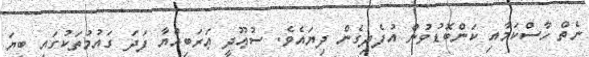
ނެތް ހާސްކަމާއި ކަންބޮޑުވުން އުފެދިގެން ދިޔައެވެ. ސުޢޫދީ ޢަރަބިއްޔާ ފަދަ ގައުމުތަކުގައި ބިޔަ